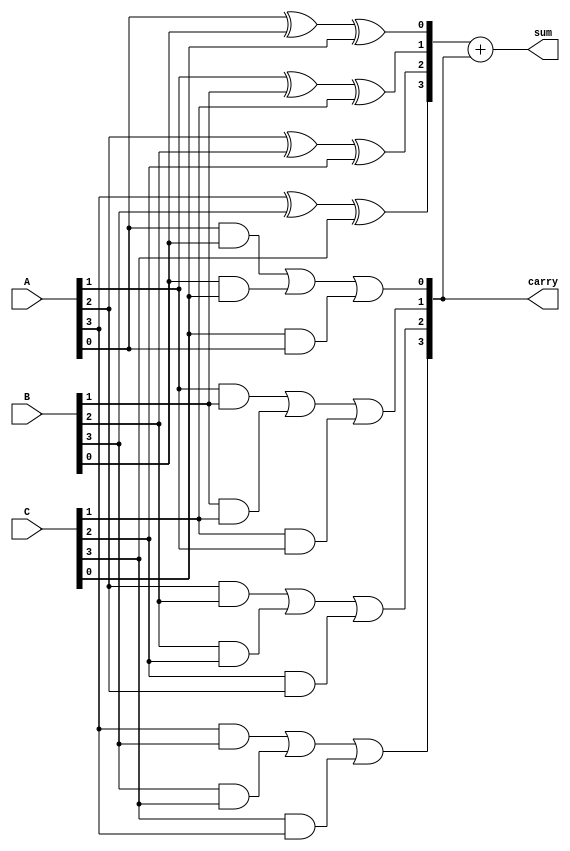
module ParallelCarrySaveAdder #(parameter N = 4) (
    input  [N-1:0] A, // First operand
    input  [N-1:0] B, // Second operand
    input  [N-1:0] C, // Third operand
    output [N:0] sum,  // Output sum (N+1 bits to accommodate carry)
    output [N-1:0] carry // Output carry
);

    wire [N-1:0] partial_sum; // Partial sums
    wire [N-1:0] carry_out;    // Carry outputs from each bit

    // Generate partial sums and carries using full adder logic
    genvar i;
    generate
        for (i = 0; i < N; i = i + 1) begin : CSA
            // Full adder logic for three inputs
            wire a_bit = A[i];
            wire b_bit = B[i];
            wire c_bit = C[i];

            // Sum and carry for the current bit
            assign partial_sum[i] = a_bit ^ b_bit ^ c_bit; // Partial sum
            assign carry_out[i] = (a_bit & b_bit) | (b_bit & c_bit) | (c_bit & a_bit); // Carry
        end
    endgenerate

    // Final carry output
    assign carry = carry_out;

    // Final sum output (N+1 bits)
    assign sum = {1'b0, partial_sum} + {1'b0, carry}; // Combine partial sum and carry

endmodule